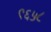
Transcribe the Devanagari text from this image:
९६५८